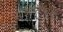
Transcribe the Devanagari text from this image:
साईप्रिनीफॉर्म्स